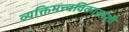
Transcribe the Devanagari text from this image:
व्यक्तिमत्त्वविकासाशी